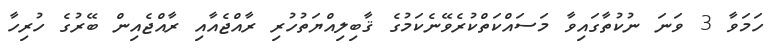
ހަމަވާ 3 ވަނަ ނުކުތާގައިވާ މަސައްކަތްކުރެވޭނެކަމުގެ ޤާބިލިއްޔަތުހުރި ރާއްޖެއާއި ރާއްޖެއިން ބޭރުގެ ހުރިހާ